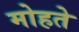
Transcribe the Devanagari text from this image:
मोहते